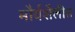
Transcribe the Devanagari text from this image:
मौर्यशैलीत